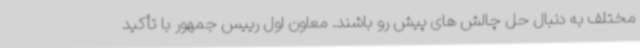
مختلف به دنبال حل چالش های پیش رو باشند. معاون اول رییس جمهور با تأکید